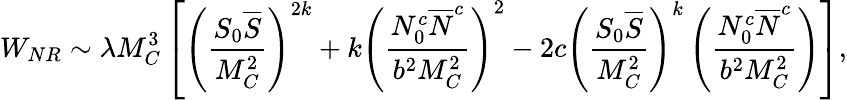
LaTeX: W_{NR}\sim\lambda M_{C}^{3}\left[\left(\frac{S_{0}{\overline{{S}}}}{M_{C}^{2}}\right)^{2k}+k\left(\frac{N_{0}^{c}{\overline{{N}}^{c}}}{b^{2}M_{C}^{2}}\right)^{2}-2c\left(\frac{S_{0}{\overline{{S}}}}{M_{C}^{2}}\right)^{k}\left(\frac{N_{0}^{c}{\overline{{N}}^{c}}}{b^{2}M_{C}^{2}}\right)\right],